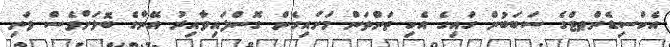
އެކްސިޑެންޠޓްގެ ސަބަބުން ގައިގެ އެކި ތަންތަން މަށައިގެން ގޮސްފައިވާއިރު އޭނާގެ ބޮލަށްވެސް ވަނި